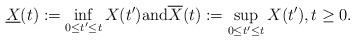
LaTeX: \begin{align*}\underline{X}(t) := \inf_{0 \leq t' \leq t} X(t') \textrm{and} \overline{X}(t) := \sup_{0 \leq t' \leq t} X(t'), t \geq 0.\end{align*}